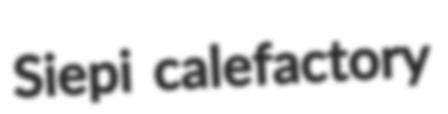
Siepi calefactory